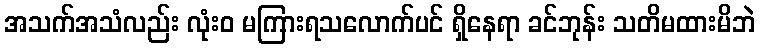
အသက်အသံလည်း လုံးဝ မကြားရသလောက်ပင် ရှိနေရာ ခင်ဘုန်း သတိမထားမိဘဲ